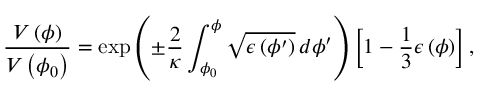
{ \frac { V \left( \phi \right) } { V \left( \phi _ { 0 } \right) } } = \exp \left( \pm { \frac { 2 } { \kappa } } \int _ { \phi _ { 0 } } ^ { \phi } { \sqrt { \epsilon \left( \phi ^ { \prime } \right) } \, d \phi ^ { \prime } } \right) \left[ 1 - { \frac { 1 } { 3 } } \epsilon \left( \phi \right) \right] ,